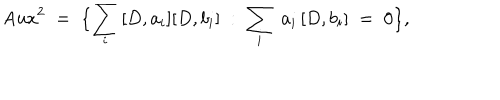
LaTeX: \mathrm { A u x } ^ { 2 } \; = \; \bigl \{ \sum _ { i } \, [ D , a _ { i } ] [ D , b _ { i } ] \; : \; \sum _ { i } \; a _ { i } \, [ D , b _ { i } ] \; = \; 0 \bigr \} ,